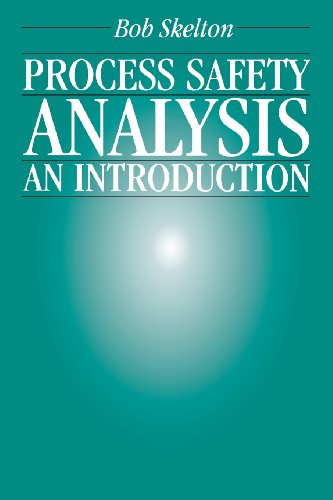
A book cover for Process Safety Analysis: An Introduction; Bob Skelton; Science & Math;